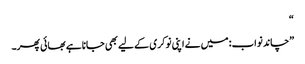
“
”چاند نواب: میں نے اپنی نوکری کے لیے بھی جانا ہے بھائی پھر۔